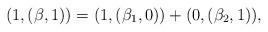
LaTeX: \begin{align*}(1,(\beta,1))=(1,(\beta_1,0)) +(0,(\beta_2,1)),\end{align*}